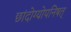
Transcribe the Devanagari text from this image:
छांदोग्योपनिषत्